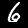
Digit: 6